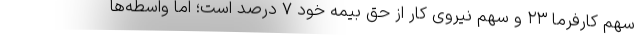
سهم کارفرما ۲۳ و سهم نیروی کار از حق بیمه خود ۷ درصد است؛ اما واسطه‌ها